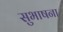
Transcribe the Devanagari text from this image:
सुभाषना